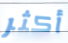
أكثر